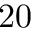
2 0